Madras plague regulations in force outside the Presidency town - Volume 2
Disease focus: Plague
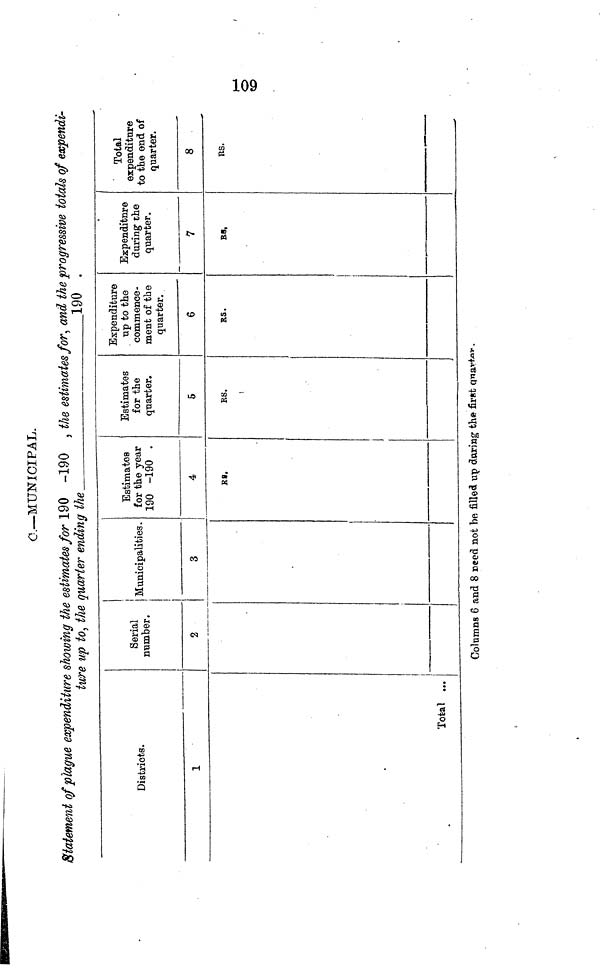
109
C.—MUNICIPAL.
Statement of plague expenditure showing the estimates for 190 -190
, the estimates for, and the progressive totals of expendi-
ture up to, the quarter ending the.
190 .
Districts.
1
Total ...
Serial
number.
2
Municipalities.
3
!
1
Estimates
for the year
190 -190
4
RS
Estimates
for the
quarter.
5
RS.
Expenditure
up to the
commence-
ment of the
quarter.
6
RS.
Expenditure
during che
quarter.
7
RS.
Total
expenditure
to the end of
quarter.
8
RS.
Columns 6 and 8 need not be filled up daring the first quarter.